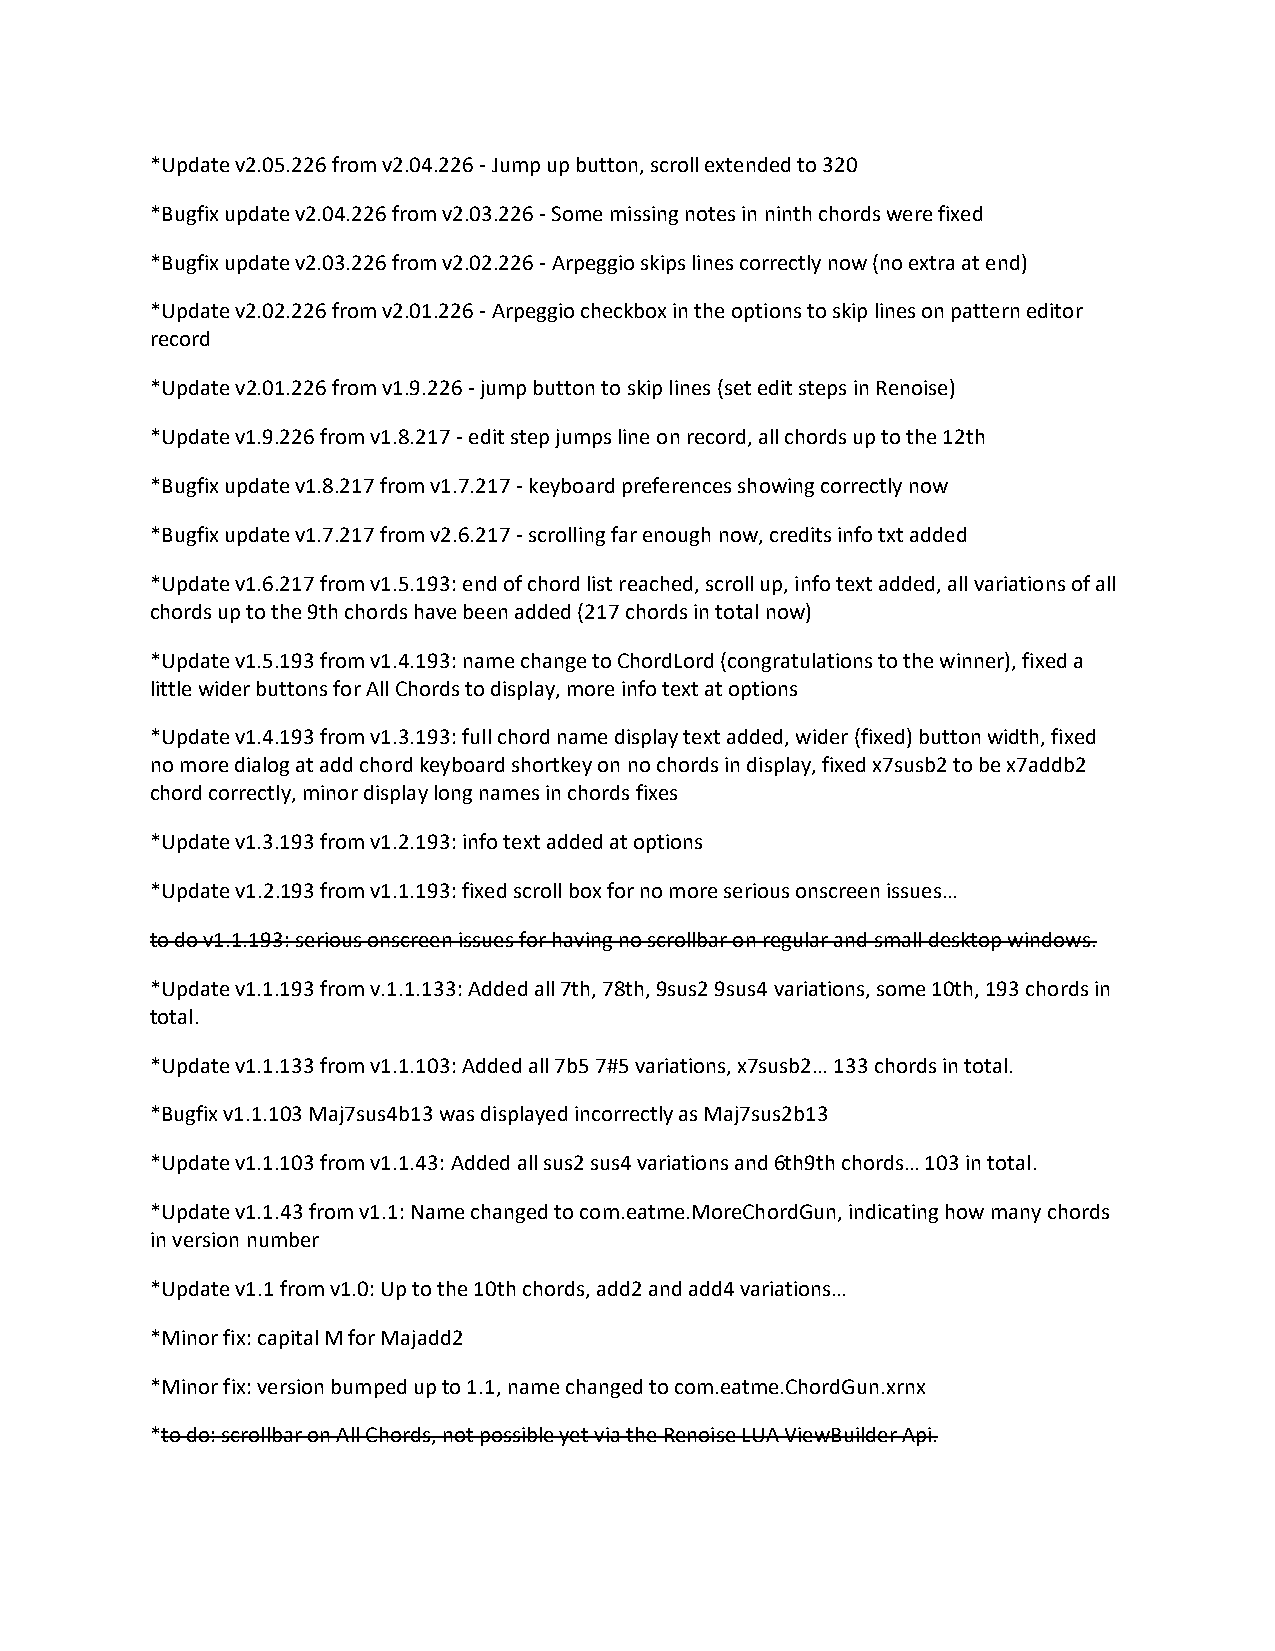
*Update v2.05.226 from v2.04.226 - Jump up button, scroll extended to 320
 *Bugfix update v2.04.226 from v2.03.226 - Some missing notes in ninth chords were fixed
 *Bugfix update v2.03.226 from v2.02.226 - Arpeggio skips lines correctly now (no extra at end)
 *Update v2.02.226 from v2.01.226 - Arpeggio checkbox in the options to skip lines on pattern editor
 record
 *Update v2.01.226 from v1.9.226 - jump button to skip lines (set edit steps in Renoise)
 *Update v1.9.226 from v1.8.217 - edit step jumps line on record, all chords up to the 12th
 *Bugfix update v1.8.217 from v1.7.217 - keyboard preferences showing correctly now
 *Bugfix update v1.7.217 from v2.6.217 - scrolling far enough now, credits info txt added
 *Update v1.6.217 from v1.5.193: end of chord list reached, scroll up, info text added, all variations of all
 chords up to the 9th chords have been added (217 chords in total now)
 *Update v1.5.193 from v1.4.193: name change to ChordLord (congratulations to the winner), fixed a
 little wider buttons for All Chords to display, more info text at options
 *Update v1.4.193 from v1.3.193: full chord name display text added, wider (fixed) button width, fixed
 no more dialog at add chord keyboard shortkey on no chords in display, fixed x7susb2 to be x7addb2
 chord correctly, minor display long names in chords fixes
 *Update v1.3.193 from v1.2.193: info text added at options
 *Update v1.2.193 from v1.1.193: fixed scroll box for no more serious onscreen issues…
 to do v1.1.193: serious onscreen issues for having no scrollbar on regular and small desktop windows.
 *Update v1.1.193 from v.1.1.133: Added all 7th, 78th, 9sus2 9sus4 variations, some 10th, 193 chords in
 total.
 *Update v1.1.133 from v1.1.103: Added all 7b5 7#5 variations, x7susb2… 133 chords in total.
 *Bugfix v1.1.103 Maj7sus4b13 was displayed incorrectly as Maj7sus2b13
 *Update v1.1.103 from v1.1.43: Added all sus2 sus4 variations and 6th9th chords… 103 in total.
 *Update v1.1.43 from v1.1: Name changed to com.eatme.MoreChordGun, indicating how many chords
 in version number
 *Update v1.1 from v1.0: Up to the 10th chords, add2 and add4 variations…
 *Minor fix: capital M for Majadd2
 *Minor fix: version bumped up to 1.1, name changed to com.eatme.ChordGun.xrnx
 *to do: scrollbar on All Chords, not possible yet via the Renoise LUA ViewBuilder Api.